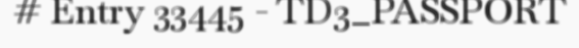
# Entry 33445 - TD3_PASSPORT